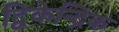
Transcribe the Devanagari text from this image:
द्विकेन्द्रिक